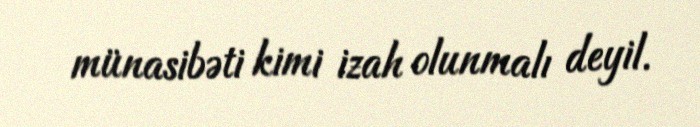
münasibəti kimi izah olunmalı deyil.